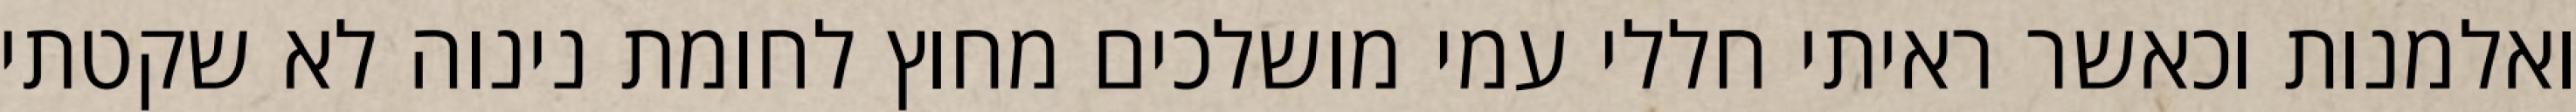
ואלמנות וכאשר ראיתי חללי עמי מושלכים מחוץ לחומת נינוה לא שקטתי